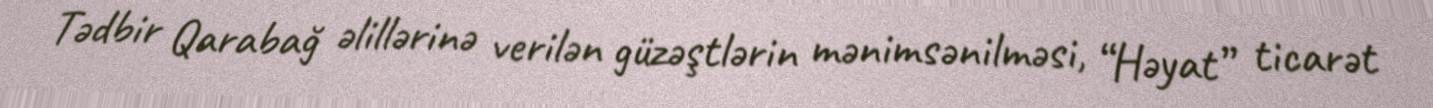
Tədbir Qarabağ əlillərinə verilən güzəştlərin mənimsənilməsi, “Həyat” ticarət